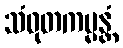
သံဝုတကမ္မန္တံ